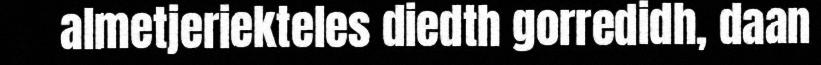
almetjeriekteles diedth gorredidh, daan